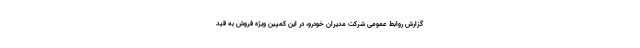
گزارش روابط عمومی شرکت مدیران خودرو، در این کمپین ویژه فروش به قید